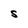
Character: S